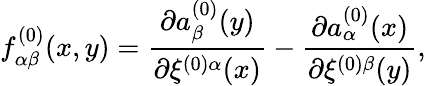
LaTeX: f_{\alpha\beta}^{(0)}(x,y)=\frac{\partial a_{\beta}^{(0)}(y)}{\partial\xi^{(0)\alpha}(x)}-\frac{\partial a_{\alpha}^{(0)}(x)}{\partial\xi^{(0)\beta}(y)},